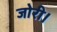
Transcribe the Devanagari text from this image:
जोरी।